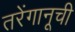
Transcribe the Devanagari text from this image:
तरेंगानूची